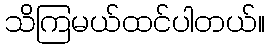
သိကြမယ်ထင်ပါတယ်။